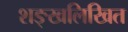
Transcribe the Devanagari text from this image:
शङ्खलिखित